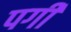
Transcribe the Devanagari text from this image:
पगी